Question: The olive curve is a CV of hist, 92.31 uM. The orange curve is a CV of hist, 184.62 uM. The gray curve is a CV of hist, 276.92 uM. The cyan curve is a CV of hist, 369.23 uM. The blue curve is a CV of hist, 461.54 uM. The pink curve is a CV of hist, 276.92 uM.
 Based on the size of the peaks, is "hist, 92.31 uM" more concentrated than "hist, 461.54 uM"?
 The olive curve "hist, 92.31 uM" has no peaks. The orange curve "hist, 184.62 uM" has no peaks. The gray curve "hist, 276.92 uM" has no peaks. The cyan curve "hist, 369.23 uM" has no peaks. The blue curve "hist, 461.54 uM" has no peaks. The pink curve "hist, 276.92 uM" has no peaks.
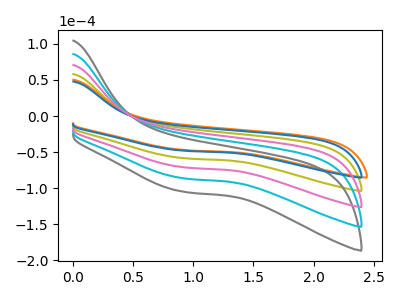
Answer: <think>Neither "hist, 461.54 uM" or "hist, 92.31 uM" have any peaks.
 </think>
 <answer>I cant tell if "hist, 461.54 uM" or "hist, 92.31 uM" has higher concentration.</answer>
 <eval>mixed_concentration</eval>